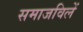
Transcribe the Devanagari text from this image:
समाजविलें